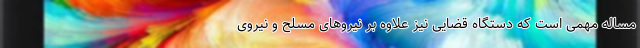
مساله مهمی است که دستگاه قضایی نیز علاوه بر نیروهای مسلح و نیروی